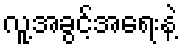
လူ့အခွင့်အရေးနဲ့